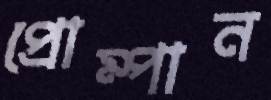
প্রোম্পান